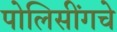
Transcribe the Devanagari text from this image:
पोलिसींगचे